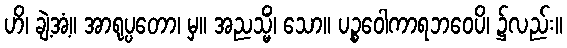
ဟိ၊ ချဲ့အံ့။ အာရုပ္ပတော၊ မှ။ အညသ္မိံ၊ သော။ ပဉ္စဝေါကာရဘဝေပိ၊ ၌လည်း။